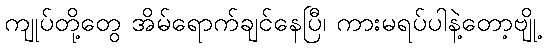
ကျုပ်တို့တွေ အိမ်ရောက်ချင်နေပြီ၊ ကားမရပ်ပါနဲ့တော့ဗျို့